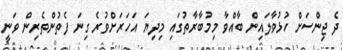
ދެ ޖިންސަށް ހުޅުވާލައިން ބާއްވާ މިމުބާރާތުގައި މިދިޔަ އަހަރަށްވުރެ ގިނަ ފެތުންތެރިން ވަނީ